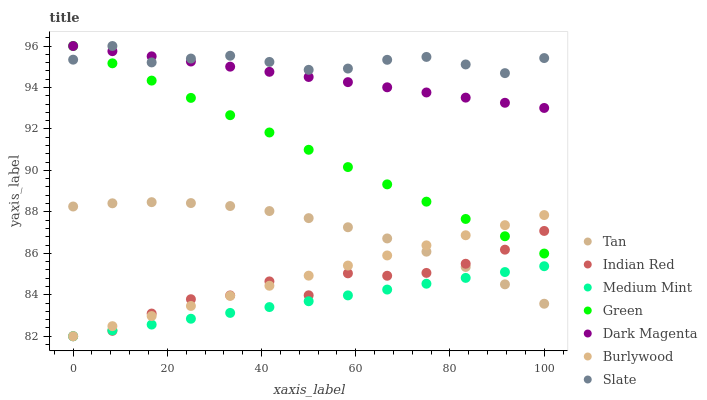
| xaxis_label | Tan | Indian Red | Medium Mint | Green | Dark Magenta | Burlywood | Slate |
 | --- | --- | --- | --- | --- | --- | --- | --- |
 | 0 | 88.3 | 82 | 82 | 96 | 96 | 82 | 95.3 |
 | 8.33 | 88.4 | 82.3 | 82.3 | 95.2 | 95.8 | 82.5 | 96 |
 | 16.7 | 88.5 | 83.1 | 82.6 | 94.3 | 95.5 | 83 | 95.2 |
 | 25 | 88.4 | 83.8 | 82.8 | 93.5 | 95.3 | 83.5 | 95.4 |
 | 33.3 | 88.3 | 84 | 83.1 | 92.7 | 95 | 83.9 | 95.5 |
 | 41.7 | 88 | 84.6 | 83.4 | 91.8 | 94.8 | 84.4 | 95.2 |
 | 50 | 87.7 | 84 | 83.7 | 91 | 94.5 | 84.9 | 94.9 |
 | 58.3 | 87.3 | 85 | 84 | 90.2 | 94.3 | 85.4 | 94.9 |
 | 66.7 | 86.7 | 84.9 | 84.3 | 89.3 | 94 | 85.9 | 95.3 |
 | 75 | 86.1 | 85.1 | 84.5 | 88.5 | 93.8 | 86.4 | 95.5 |
 | 83.3 | 85.3 | 85.5 | 84.8 | 87.7 | 93.5 | 86.9 | 95.1 |
 | 91.7 | 84.5 | 86.2 | 85.1 | 86.8 | 93.3 | 87.4 | 94.7 |
 | 100 | 83.6 | 87.1 | 85.4 | 86 | 93 | 87.8 | 95.4 |